Notes on vaccination in the North-West Frontier Province 1923-1928 - 1923-1928
Year: 1923
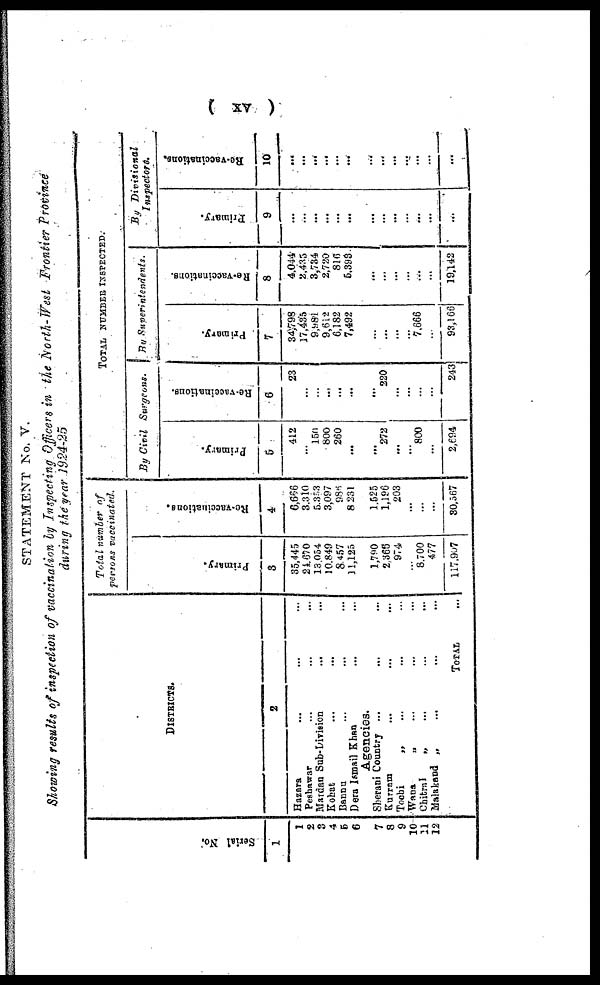
( xv )
STATEMENT No. V.
Showing results of inspection of vaccination by Inspecting Officers in the North-West Frontier Province
during the year 1924-25
Serial No.
1
1
2
3
4
5
6
7
8
9
10
11
12
DISTRICTS.
2
Hazara ... ... ...
Peshawar ... ... ...
Mardan Sub-Division ... ...
Kohat ... ... ...
Bannu ... ... ...
Dera Ismail Khan ... ...
Agencies.
Sherani Country... ... ...
Kurram...
.
.
. ...
Tochi
„ ... ... ...
Wana
„ ...
Chitral
„...
...
...
Malakand„ ... ... ...
TOTAL ...
Total number of
persons vaccinated.
Primary.
3
35,445
24,670
13,054
10,849
8,457
11,125
1,790
2,366
974
...
8,700
477
117,907
Re-vaccinations.
4
6,666
3,310
5,353
3,097
986
8,231
1,525
1,196
203
...
...
...
30,567
TOTAL NUMBER INSPECTED.
By Civil Surgeons.
Primary.
5
412
... 150
800
260
...
... 272
...
...
800
...
2,694
Re-vaccinations.
6
23
...
...
...
...
...
... 220
...
...
...
...
243
By Superintendents.
Primary.
7
34,798
17,435
9,981
9,612
6,182
7,492
...
...
...
...
7,666
...
93,166
Re-vaccinations.
8
4,044
2,435
3,734
2,720
816
5,393
...
...
...
...
...
...
19,142
By
Divisional
Inspectors.
Primary.
9
...
...
...
...
...
...
...
...
...
...
...
...
...
Re-vaccinations.
10
...
...
...
...
...
...
...
...
...
...
...
...